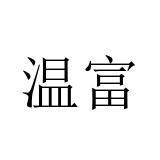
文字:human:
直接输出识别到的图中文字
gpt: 温富